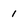
Character: 1